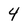
Character: 4